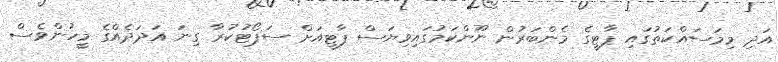
އަދި މިމަސައްކަތުގައި ޕާޓީގެ މެންބަރުން ނޫންކަމުގައިވިޔަސް ޕާޓީއަށް ސަޕޯޓުކުރާ ގިނަ އަދަދެއްގެ މީހުންވެސް